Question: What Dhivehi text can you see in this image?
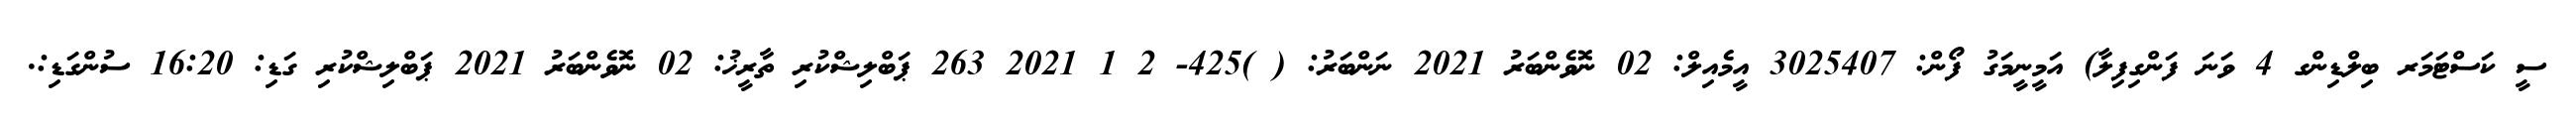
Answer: ސީ ކަސްޓަމަރ ބިލްޑިންގ 4 ވަނަ ފަންގިފިލާ) އަމީނީމަގު ފޯން: 3025407 އީމެއިލް: 02 ނޮވެންބަރު 2021 ނަންބަރު: ( )425- 2 1 2021 263 ޕަބްލިޝްކުރި ތާރީޚު: 02 ނޮވެންބަރު 2021 ޕަބްލިޝްކުރި ގަޑި: 16:20 ސުންގަޑި:.